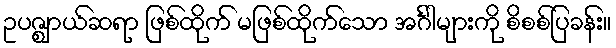
ဥပဇ္ဈာယ်ဆရာ ဖြစ်ထိုက် မဖြစ်ထိုက်သော အင်္ဂါများကို စိစစ်ပြခန်း။